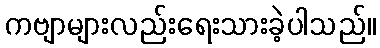
ကဗျာများလည်းရေးသားခဲ့ပါသည်။